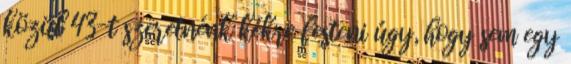
közül 43-t szeretnénk kékre festeni úgy, hogy sem egy